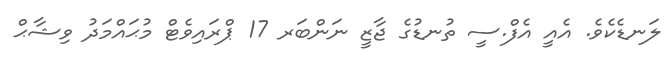
ލަނޑެކެވެ. އެއީ އެފް.ސީ ތުނޑުގެ ޖާޒީ ނަންބަރ 17 ޕްރައިވެޓް މުޙައްމަދު ވިޝާޙް